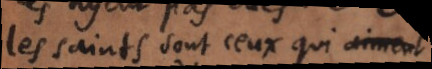
les saints sont ceux qui aiment